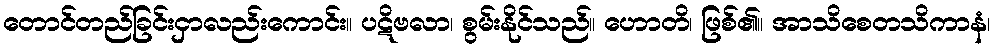
တောင်တည်ခြင်းငှာလည်းကောင်း။ ပဋိဗလာ၊ စွမ်းနိုင်သည်။ ဟောတိ၊ ဖြစ်၏။ အာသိစေတသိကာနံ၊